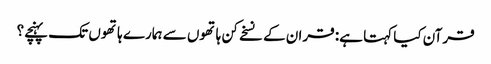
قرآن کیا کہتا ہے: قران کے نسخے کن ہاتھوں سے ہمارے ہاتھوں تک پہنچے؟